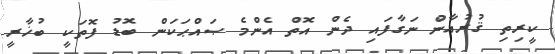
ކީރިތި ޤުރުއާން ނަގާފައި ދެން އޮތް އެންމެ ޞައްޙަކަން ބޮޑު ފޮތަކީ ބުޚާރީ